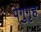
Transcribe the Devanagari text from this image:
पंगुगृह